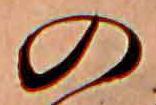
の